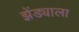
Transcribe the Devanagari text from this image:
झेंड्याला